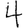
Digit: 4